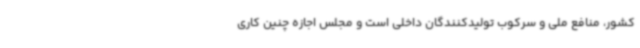
کشور، منافع ملی و سرکوب تولیدکنندگان داخلی است و مجلس اجازه چنین کاری